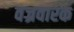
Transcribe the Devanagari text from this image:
वज्रवारक